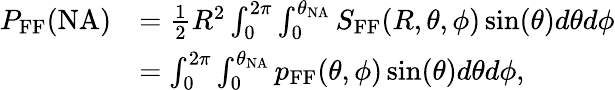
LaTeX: \begin{array}{rl}{P_{\textrm{FF}}(\textrm{NA})}&{=\frac{1}{2}R^{2}\int_{0}^{2\pi}\int_{0}^{\theta_{\textrm{NA}}}S_{\textrm{FF}}(R,\theta,\phi)\sin(\theta)d\theta d\phi}\\ &{=\int_{0}^{2\pi}\int_{0}^{\theta_{\textrm{NA}}}p_{\textrm{FF}}(\theta,\phi)\sin(\theta)d\theta d\phi,}\end{array}